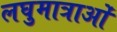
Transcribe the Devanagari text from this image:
लघुमात्राओं